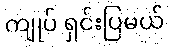
ကျုပ် ရှင်းပြမယ်